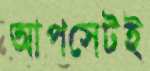
আপসেটই